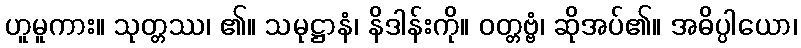
ဟူမူကား။ သုတ္တဿ၊ ၏။ သမုဋ္ဌာနံ၊ နိဒါန်းကို။ ဝတ္တဗ္ဗံ၊ ဆိုအပ်၏။ အဓိပ္ပါယော၊